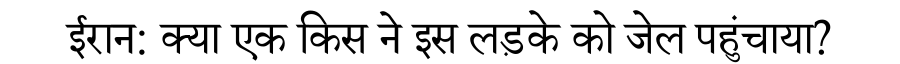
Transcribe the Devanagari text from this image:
ईरान: क्या एक किस ने इस लड़के को जेल पहुंचाया?